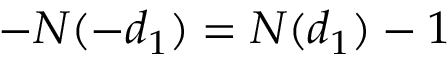
- N ( - d _ { 1 } ) = N ( d _ { 1 } ) - 1